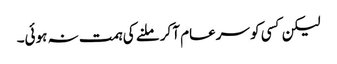
لیکن کسی کو سرعام آکر ملنے کی ہمت نہ ہوئی۔